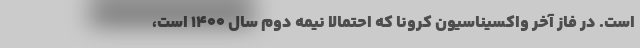
است. در فاز آخر واکسیناسیون کرونا که احتمالا نیمه دوم سال ۱۴۰۰ است،